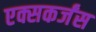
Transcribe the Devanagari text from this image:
एक्सकर्जंस